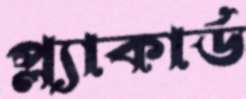
প্ল্যাকার্ড